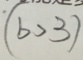
( b > 3 )